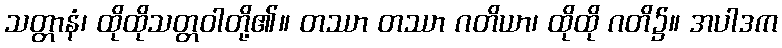
သတ္တာနံ၊ ထိုထိုသတ္တဝါတို့၏။ တဿာ တဿာ ဂတိယာ၊ ထိုထို ဂတိ၌။ အပါဒက